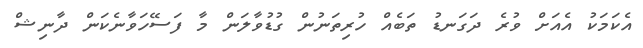
އެކަމަކު އެއަށް ވުރެ ދަގަނޑު ތަބެއް ހުރިތަނުން ގުޑުވާލަން މާ ފަސޭހަވާނެކަން ދާނިޝް